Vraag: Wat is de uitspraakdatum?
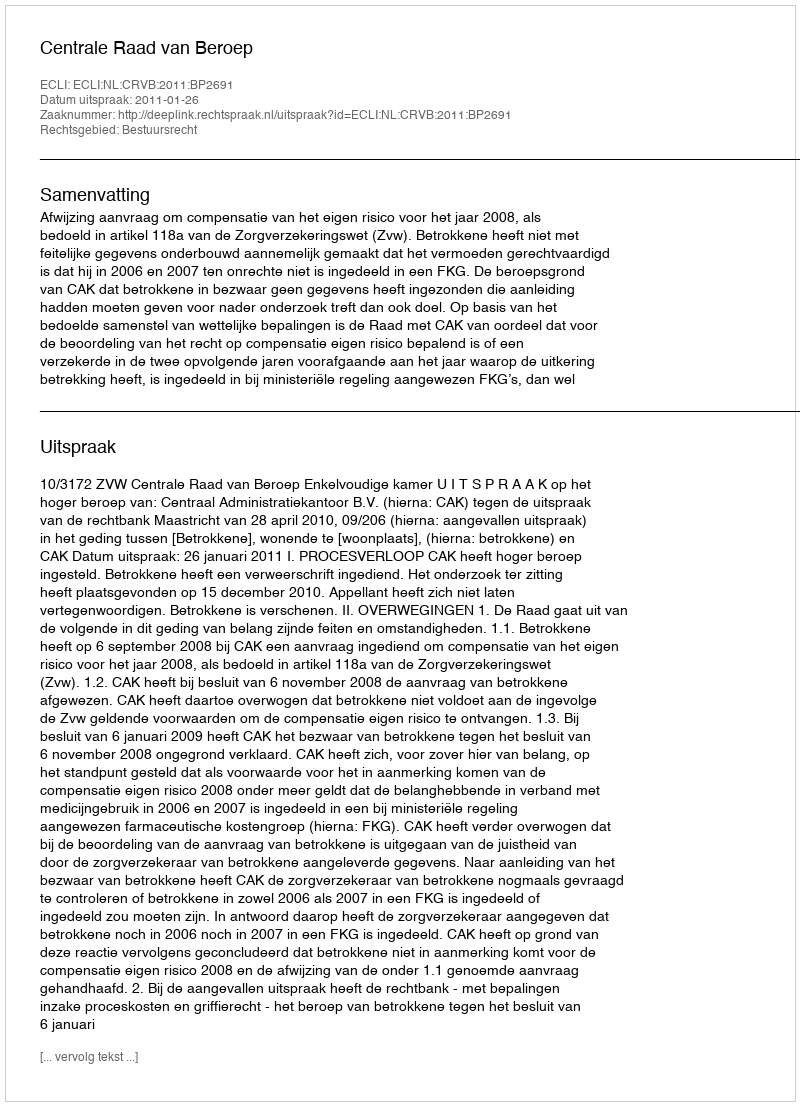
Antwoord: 2011-01-26